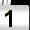
Digit: 1